Madras plague regulations and rules for the city of Madras
Disease focus: Plague
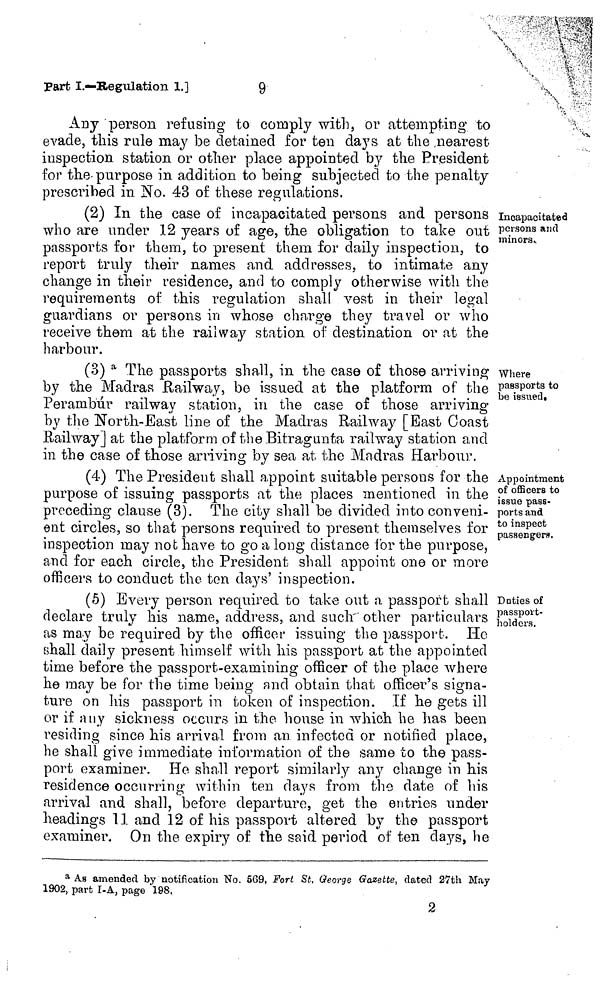
Any person refusing to comply with, or attempting to
evade, this rule may be detained for ten days at the .nearest
inspection station or other place appointed by the President
for the-purpose in addition to being subjected to the penalty
prescribed in No. 43 of these regulations.
Incapacitated
persons and
minors.
(2) In the case of incapacitated persons and persons
who are under 12 years of age, the obligation to take out
passports for them, to present them for daily inspection, to
report truly their names and addresses, to intimate any
change in their residence, and to comply otherwise with the
requirements of this regulation shall vest in their legal
guardians or persons in whose charge they travel or who
receive them at the railway station of destination or at the
harbour.
Where
passports to
be issued.
(3) a The passports shall, in the case of those arriving
by the Madras Railway, be issued at the platform of the
Perambúr railway station, in the case of those arriving
by the North-East line of the Madras Railway [Bast Coast
Railway] at the platform of the Bitragunta railway station and
in the case of those arriving by sea at the Madras Harbour.
Appointment
of officers to
issue pass-
ports and
to inspect
passengers.
(4) The President shall appoint suitable persons for the
purpose of issuing passports at the places mentioned in the
preceding clause (3). The city shall be divided into conveni-
ent circles, so that persons required to present themselves for
inspection may not have to go a long distance for the purpose,
and for each circle, the President shall appoint one or more
officers to conduct the ten days' inspection.
Duties of
passport-
holders.
(5) Every person required to take out a. passport shall
declare truly his name, address, and such other particulars
as may be required by the officer issuing the passport. He
shall daily present himself with his passport at the appointed
time before the passport-examining officer of the place where
he may be for the time being and obtain that officer's signa-
ture on his passport in token of inspection. If he gets ill
or if any sickness occurs in the house in which he has been
residing since his arrival from an infected or notified place,
he shall give immediate information of the same to the pass-
port examiner. He shall report similarly any change in his
residence occurring within ten days from the date of his
arrival and shall, before departure, get the entries under
headings 11 and 12 of his passport altered by the passport
examiner. On the expiry of the said period of ten days, he
a AS amended by notification No. 569, Fort St, George Gazette, dated 27th May
1902, part I-A, page l98.
2